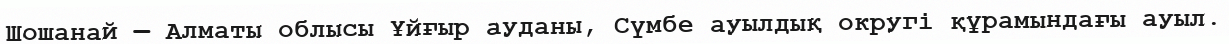
Шошанай — Алматы облысы Ұйғыр ауданы, Сүмбе ауылдық округі құрамындағы ауыл.